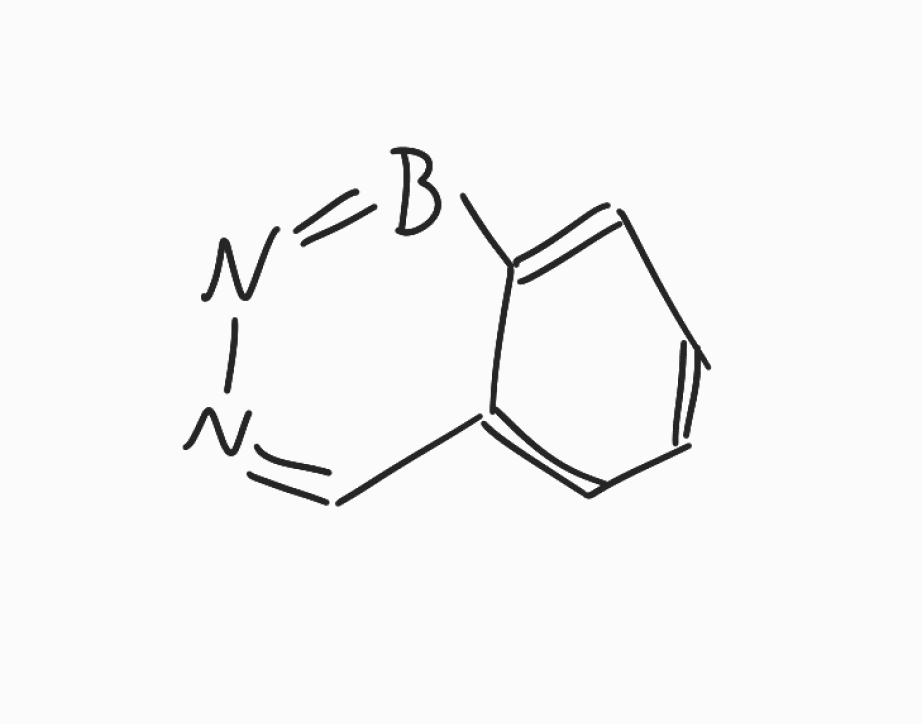
Simplified molecular-input line-entry system (SMILES) notation of the given molecule:
B1=NN=CC2=CC=CC=C21